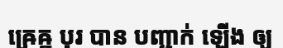
ឝ្រេឝ្ឋ បុរ បាន បញ្ជាក់ ឡើង ឲ្យ